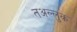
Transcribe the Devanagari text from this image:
तअल्लुक